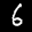
Label: 6